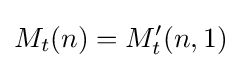
M_{t}(n)=M_{t}'(n,1)